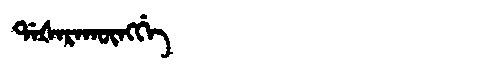
Manchu: ᡩᠠᡧᠠᡵᠠᡴᡡᠩᡤᡝ
Romanization: DAŠARAKŪNGGE